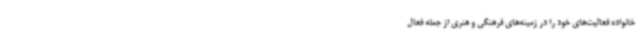
خانواده فعالیت‌های خود را در زمینه‌های فرهنگی و هنری از جمله فعال